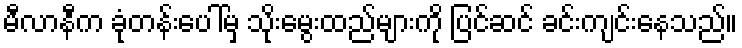
မီလာနီက ခုံတန်းပေါ်မှ သိုးမွေးထည်များကို ပြင်ဆင် ခင်းကျင်းနေသည်။